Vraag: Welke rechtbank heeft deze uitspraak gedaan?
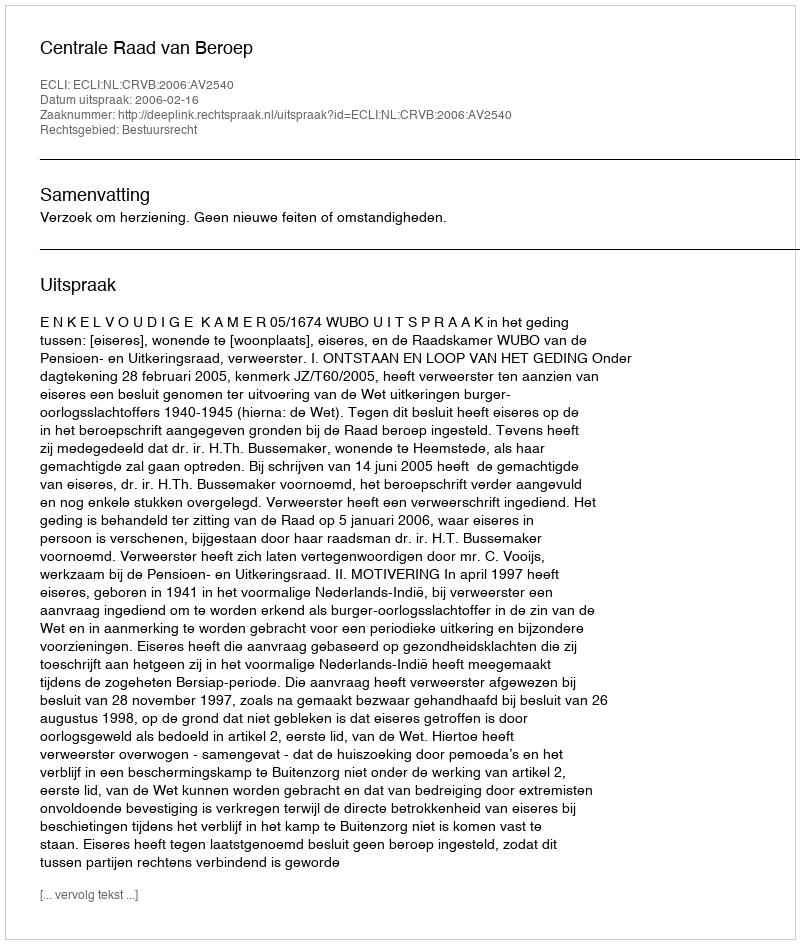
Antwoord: Centrale Raad van Beroep